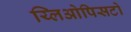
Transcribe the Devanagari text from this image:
य्लिओपिसटो